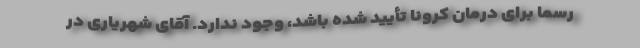
رسماً برای درمان کرونا تأیید شده باشد، وجود ندارد. آقای شهریاری در